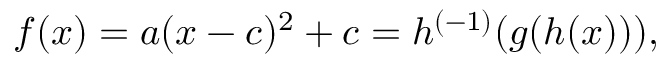
f ( x ) = a ( x - c ) ^ { 2 } + c = h ^ { ( - 1 ) } ( g ( h ( x ) ) ) , \,